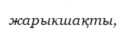
жарыкшақты,